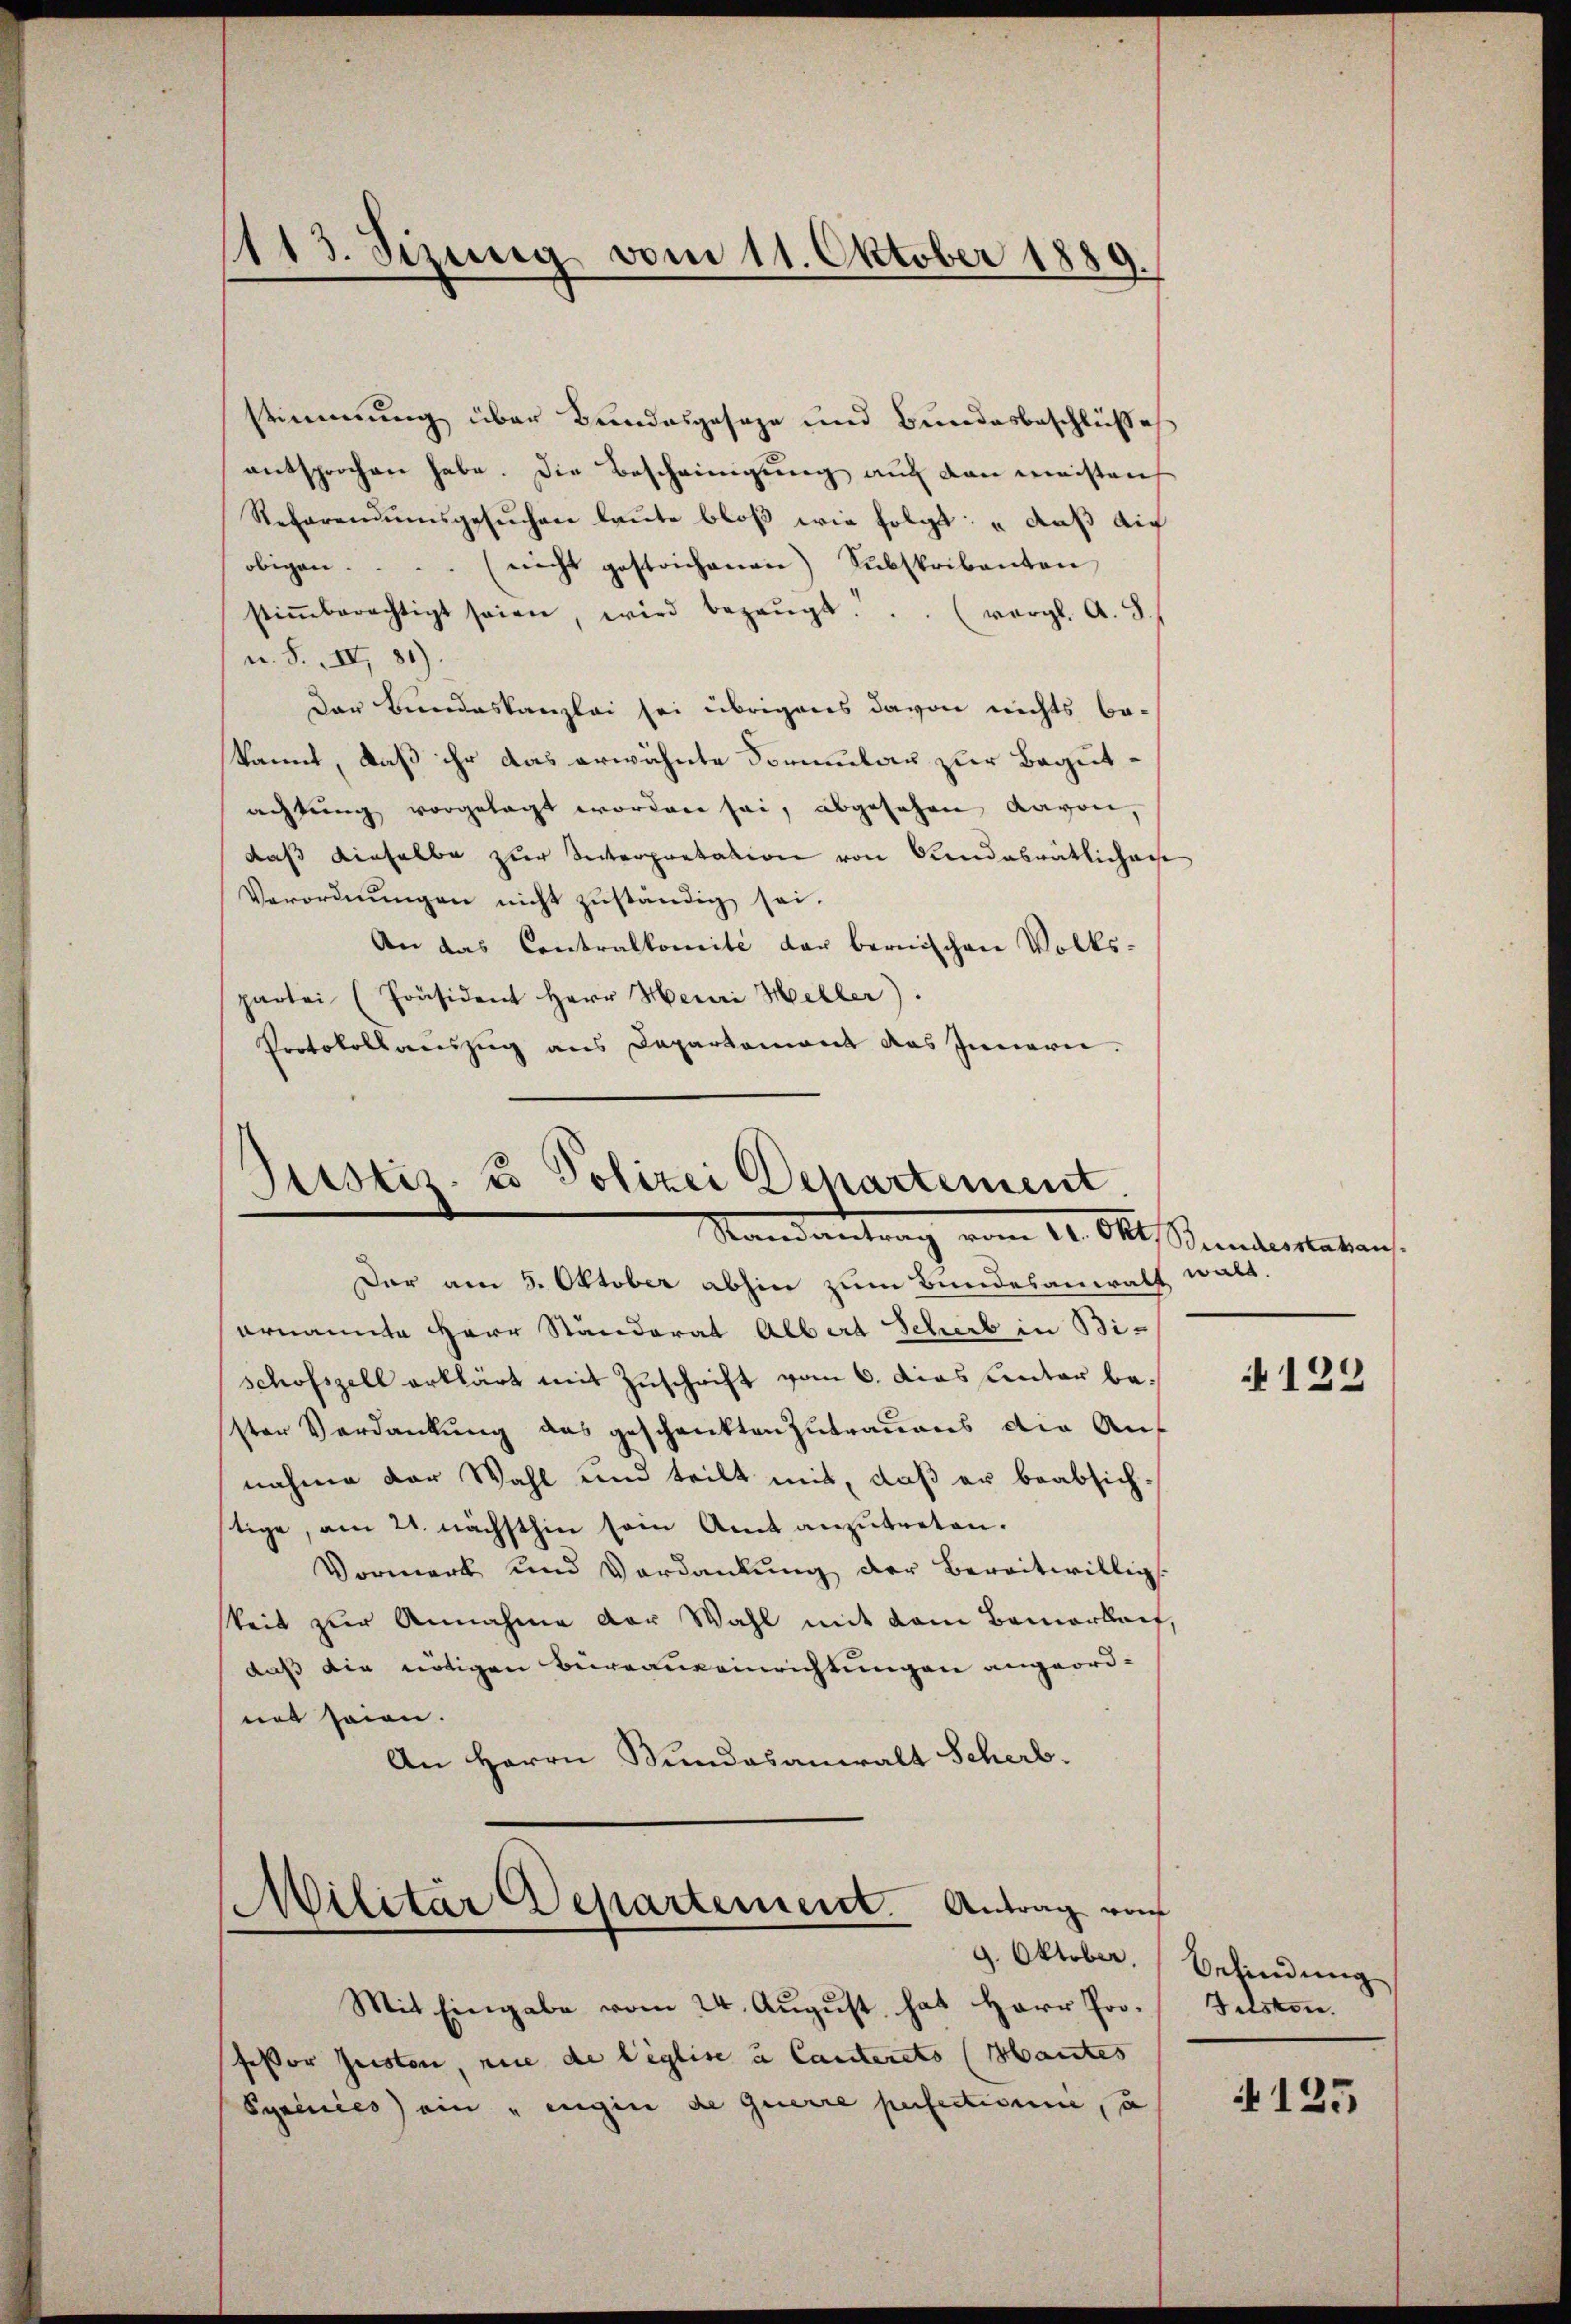
stinnerung über Bundesgeseze und Bundesbeschlußes
entsprochen habe. Die Bescheinigung auf den meistens
Refarendumsgesuchen laute bloß wie folgt: „daß auf
obigen.
nicht gestrichenen Subskribanten
stiṁberechtigt seien, wird bezaŭgt... (vergl. A. S.
n. F. IV 81)
der Bundeskanzlei sei übrigens davon nichts be-
kannt, daß ihr das erwähnte Formular zur Begutachtung vorgelegt worden sei, abgesehen, davon,
daß dieselbe zur Interpretation von Gendasrätlichae
Verordnungen nicht zuständig sei.
An das Contralkomité der bernischen Volks-
partei (Präsident Herr Henri Heller).
Protokollauszug aus Departemont das Innern.

1113. Sizung vom 11. Oktober 1889.

Sistis u Polizei Departement
Mandantung vom 22. Okt. Bunderaten.

Dar am 5. Oktober abhin zum Bundesanwalt walt.
ornannte Herr Standorat Albert Scherb in Bischofszell erklärt mit Zuschrift vom 6. Das Unter bessten Verdankung das geschenkten Zutrauens die Auf
nahme der Wahl und teilt mit, daß er beabsichstige, am 21. nächsthin sein Amt anzutreten.
Vormerk und Verdankung der bereitwillig
keit zur Annahme der Wahl mit dem Bemerkeit,
daß die nötigen Bureauseinrichtungen angeord-
net seien.
An Herrn Bundesanwalt Scherb.

Militär Departement. Antrag von
9. Oktober.

Mit Eingabe vom 24. August hat Herr Professor Quiston, nie de leglise u Canterets (Mantes
Syrinies) ein „Eugin de querre perfectionie, u

122

Befindung
Tilsten.

i 125